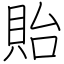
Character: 貽